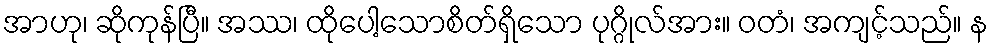
အာဟု၊ ဆိုကုန်ပြီ။ အဿ၊ ထိုပေါ့သောစိတ်ရှိသော ပုဂ္ဂိုလ်အား။ ဝတံ၊ အကျင့်သည်။ န